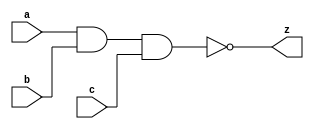
module three_nand(a, b, c, z); 	
	input a, b, c;
	wire d;
	output z;
	and first_and(d, a, b);
	nand answer(z, d, c);	
endmodule